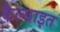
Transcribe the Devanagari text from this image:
कैल्साइत